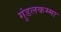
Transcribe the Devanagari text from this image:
गुंडलकम्मा